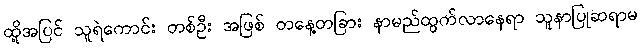
ထို့အပြင် သူရဲကောင်း တစ်ဦး အဖြစ် တနေ့တခြား နာမည်ထွက်လာနေရာ သူနာပြုဆရာမ